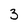
Character: 3